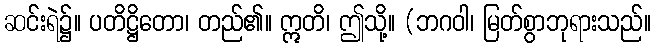
ဆင်းရဲ၌။ ပတိဋ္ဌိတော၊ တည်၏။ ဣတိ၊ ဤသို့။ (ဘဂဝါ၊ မြတ်စွာဘုရားသည်။